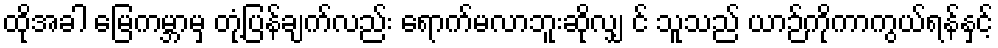
ထိုအခါ မြေကမ္ဘာမှ တုံ့ပြန်ချက်လည်း ရောက်မလာဘူးဆိုလျှ င် သူသည် ယာဉ်ကိုကာကွယ်ရန်နှင့်